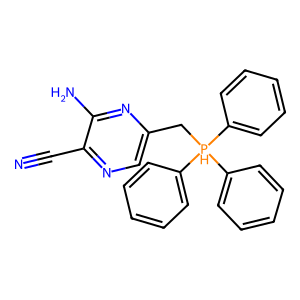
SMILES: N#Cc1ncc(C[PH](c2ccccc2)(c2ccccc2)c2ccccc2)nc1N
Inhibits HIV replication: No